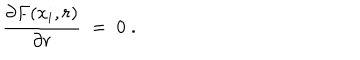
{ \frac { \partial F ( x _ { i } , r ) } { \partial r } } \; = \; 0 \; .